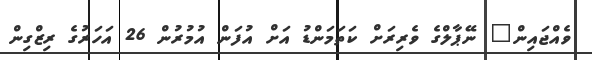
ވެއްޖައިން" ނޭޕާލްގެ ވެރިރަށް ކަތަމަންޑު އަށް އުފަން އުމުރުން 26 އަހަރުގެ ރިޒްގިން